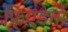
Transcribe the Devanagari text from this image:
फ्रिएडेनौ